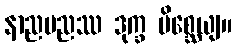
နာညမညဿ ဒုက္ခ မိစ္ဆေယျ။